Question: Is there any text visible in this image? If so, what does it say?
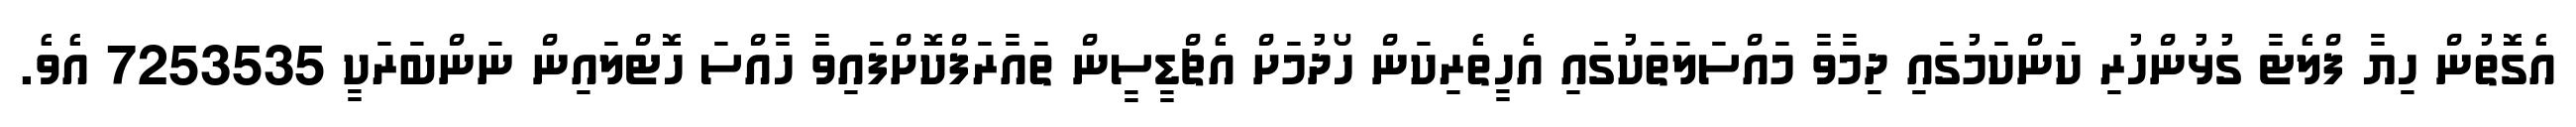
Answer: އެގޮތުން ހިޔާ ފްލެޓާ ގުޅުންހުރި ކަންކަމުގައި ދިމާވާ މައްސަލަތަކުގައި އެހީތެރިކަން ހޯދުމަށް އެޗްޑީސީން ތައާރަފްކޮށްފައިވާ ހާއްސަ ހޮޓްލައިން ނަންބަރަކީ 7253535 އެވެ.